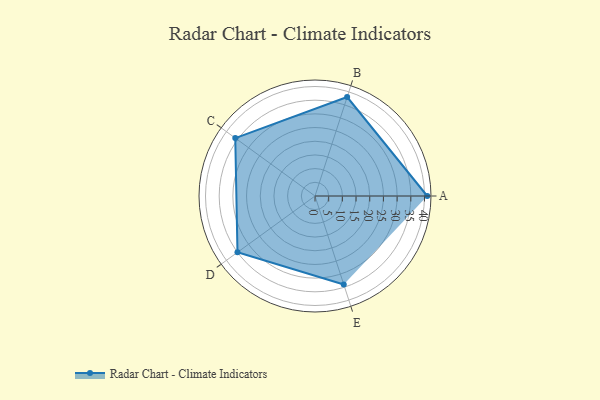
{"axis": {"x": "Skill", "y": "Score"}, "legend": ["Profile"], "data": [{"x": "A", "y": 41.0, "type": "Profile"}, {"x": "B", "y": 38.0, "type": "Profile"}, {"x": "C", "y": 36.0, "type": "Profile"}, {"x": "D", "y": 35.0, "type": "Profile"}, {"x": "E", "y": 34.0, "type": "Profile"}]}